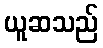
ယူဆသည်